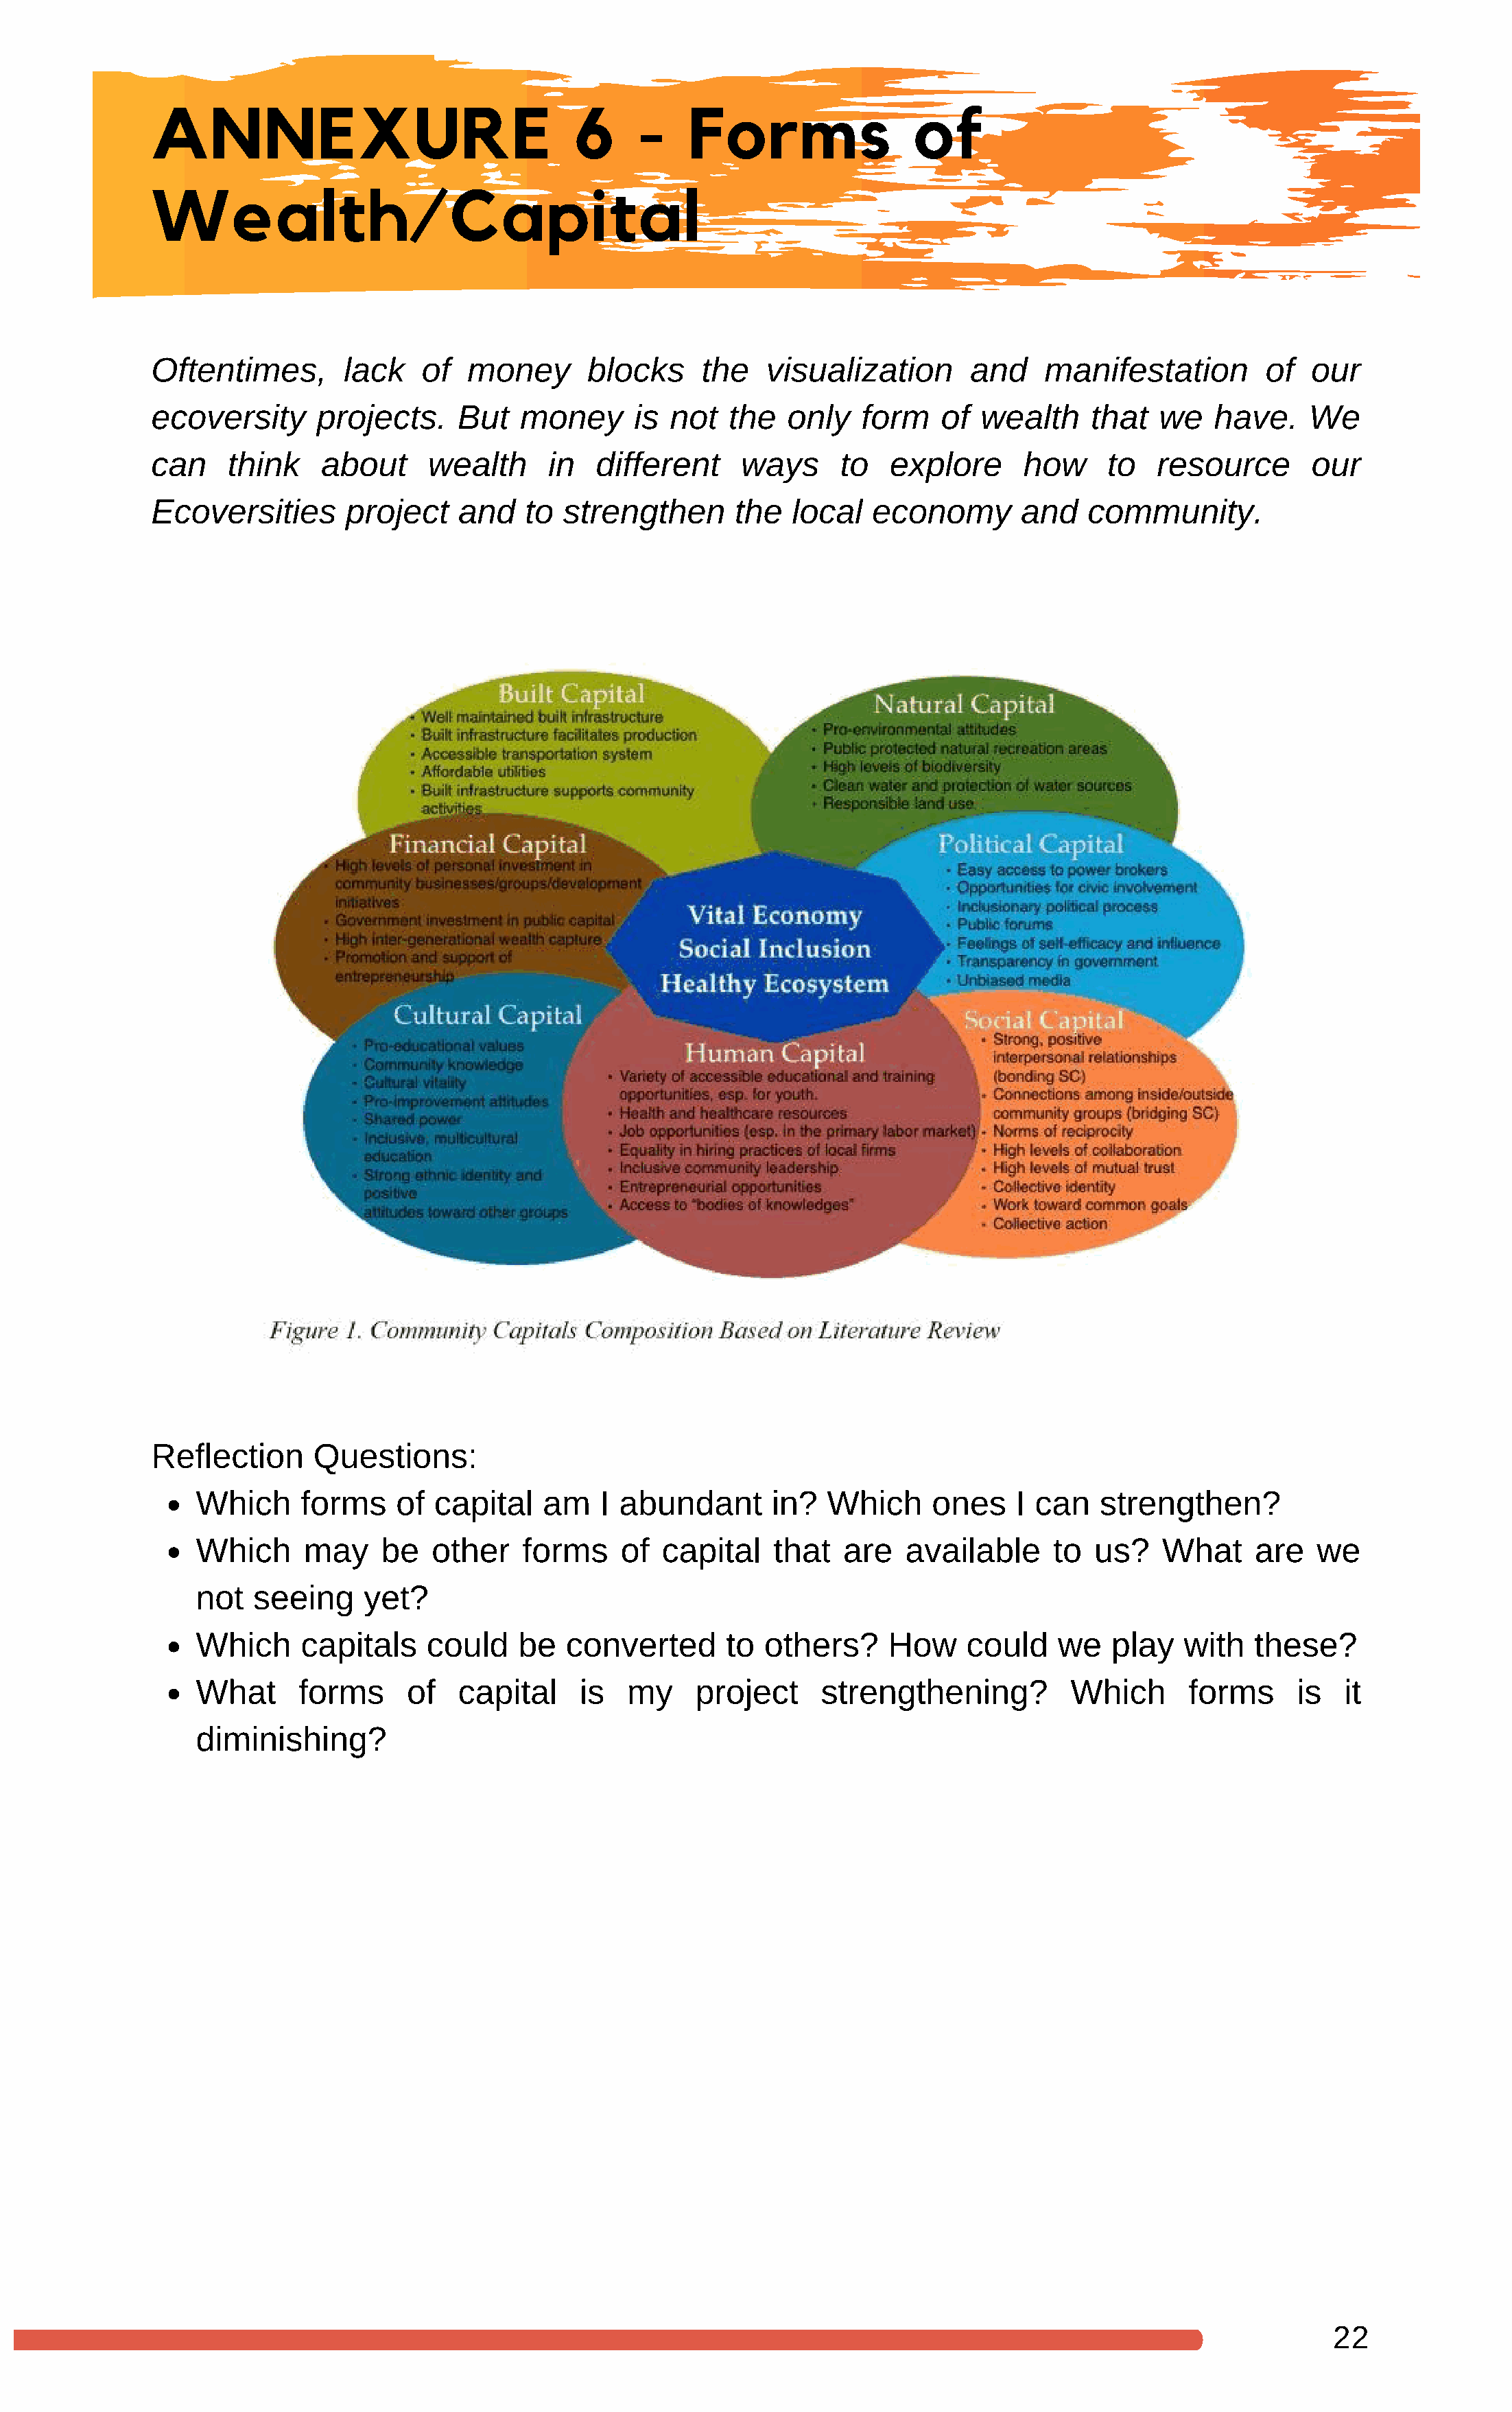
ANNEXURE                                6      -   Forms                 of
 Wealth/Capital
 Oftentimes,       lack    of  money       blocks     the   visualization       and    manifestation        of  our
 ecoversity      projects.    But   money      is  not  the   only   form    of  wealth    that   we   have.    We
 can    think    about     wealth      in  different     ways      to   explore      how     to   resource       our
 Ecoversities      project    and    to strengthen       the  local   economy        and   community.
 Reflection     Questions:
 Which     forms    of  capital   am    I abundant      in?   Which     ones    I can   strengthen?
 Which     may     be   other   forms     of  capital    that  are   available      to  us?   What     are   we
 not  seeing     yet?
 Which     capitals    could    be   converted      to  others?     How    could    we   play   with   these?
 What      forms     of   capital     is  my     project     strengthening?          Which       forms     is   it
 diminishing?
 22